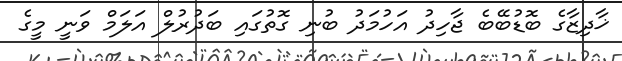
ޚާދިޒާގެ ބޮޑުބޭބެ ޖާހިދު އަހުމަދު ބުނި ގޮތުގައި ބަދުރުލް އަލަމް ވަނީ މީގެ